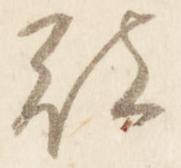
被